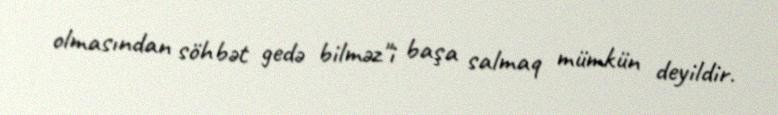
olmasından söhbət gedə bilməz"i başa salmaq mümkün deyildir.